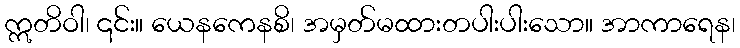
ဣတိဝါ၊ ၎င်း။ ယေနကေနစိ၊ အမှတ်မထားတပါးပါးသော။ အာကာရေန၊